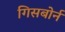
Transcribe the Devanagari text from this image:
गिसबोर्न